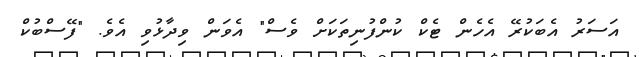
އަސަރު އެބަކުރޭ އެހެން ޓެކް ކުންފުނިތަކަށް ވެސް" އެވަން ވިދާޅުވި އެވެ. "ފޭސްބުކް